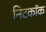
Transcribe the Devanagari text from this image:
निटकॉक